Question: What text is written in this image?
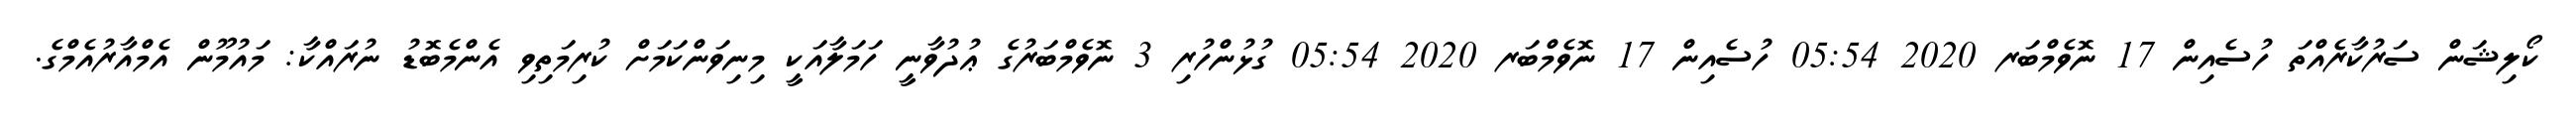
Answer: ކޯލިޝަން ސަރުކާރެއްތަ ހުސެއިން 17 ނޮވެމްބަރ 2020 05:54 ހުސެއިން 17 ނޮވެމްބަރ 2020 05:54 ގުޅުންހުރި 3 ނޮވެމްބަރުގެ ޢުދުވާނީ ހަމަލާއަކީ މިނިވަންކަމަށް ކުރިމަތިވި އެންމެބޮޑު ނުރައްކާ: މައުމޫން އެމްއާރުއެމްގެ.